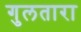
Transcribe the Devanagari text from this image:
गुलतारा